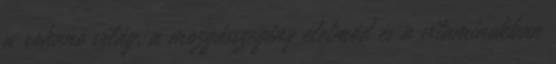
a rohanó világ, a mozgásszegény életmód és a vitaminokban